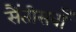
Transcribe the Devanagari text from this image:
सैंतीसवाँ